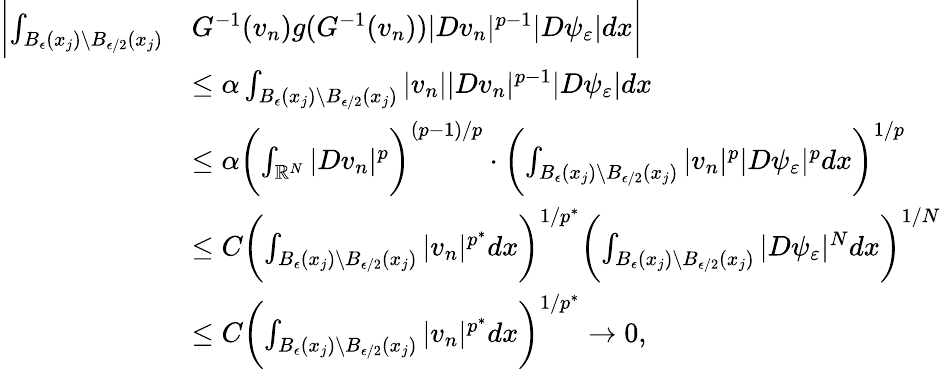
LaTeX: \begin{array}{rl}{\biggl|\int_{B_{\epsilon}(x_{j})\setminus B_{\epsilon/2}(x_{j})}}&{G^{-1}(v_{n})g(G^{-1}(v_{n}))|Dv_{n}|^{p-1}|D\psi_{\varepsilon}|dx\biggr|}\\ &{\le\alpha\int_{B_{\epsilon}(x_{j})\setminus B_{\epsilon/2}(x_{j})}|v_{n}||Dv_{n}|^{p-1}|D\psi_{\varepsilon}|dx}\\ &{\le\alpha\biggl(\int_{\mathbb{R}^{N}}|Dv_{n}|^{p}\biggr)^{(p-1)/p}\cdot\biggl(\int_{B_{\epsilon}(x_{j})\setminus B_{\epsilon/2}(x_{j})}|v_{n}|^{p}|D\psi_{\varepsilon}|^{p}dx\biggr)^{1/p}}\\ &{\le C\biggl(\int_{B_{\epsilon}(x_{j})\setminus B_{\epsilon/2}(x_{j})}|v_{n}|^{p^{*}}dx\biggr)^{1/p^{*}}\biggl(\int_{B_{\epsilon}(x_{j})\setminus B_{\epsilon/2}(x_{j})}|D\psi_{\varepsilon}|^{N}dx\biggr)^{1/N}}\\ &{\le C\biggl(\int_{B_{\epsilon}(x_{j})\setminus B_{\epsilon/2}(x_{j})}|v_{n}|^{p^{*}}dx\biggr)^{1/p^{*}}\to 0,}\end{array}